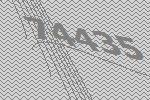
74435